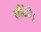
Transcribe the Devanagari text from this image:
लौटेंगे।